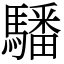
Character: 䮳